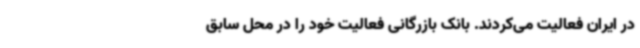
در ایران فعالیت می‌کردند. بانک بازرگانی فعالیت خود را در محل سابق